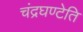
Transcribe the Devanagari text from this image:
चंद्रघण्टेति